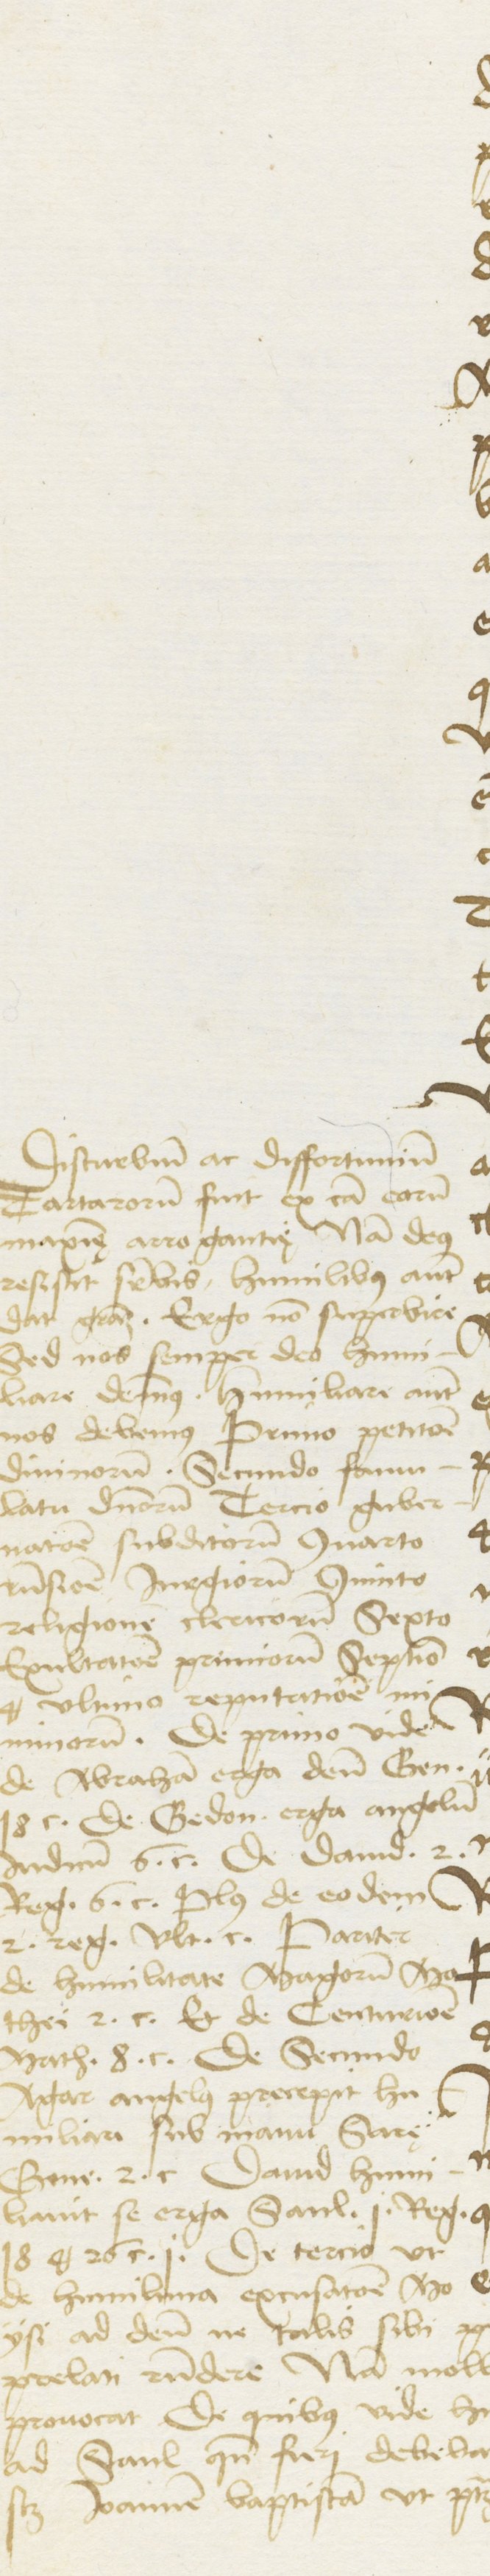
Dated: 1400–1499